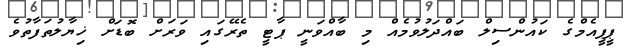
ޕީޕީއެމްގެ ކައުންސިލް ބައްދަލުވުމެއް މި ބާއްވަނީ ޕާޓީ ތެރޭގައި ވަރަށް ބޮޑަށް ޚިޔާލުތަފާތުވެ